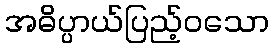
အဓိပ္ပာယ်ပြည့်ဝသော